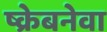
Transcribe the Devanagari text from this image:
ष्क्रेबनेवा